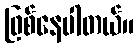
ဖြစ်နေပါတယ်။